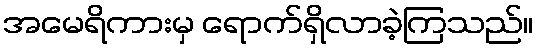
အမေရိကားမှ ရောက်ရှိလာခဲ့ကြသည်။